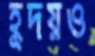
হূদয়ও